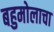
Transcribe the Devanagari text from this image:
बहुमोलाचा